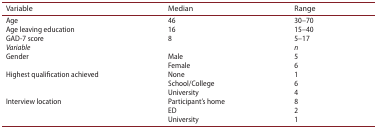
<table><thead><tr><td><b>Variable</b></td><td><b>Median</b></td><td><b>Range</b></td></tr></thead><tbody><tr><td>Age</td><td>46 </td><td>30–70</td></tr><tr><td>Age leaving education </td><td>16 </td><td>15–40</td></tr><tr><td>GAD-7 score</td><td>8</td><td>5–17</td></tr><tr><td><i>Variable</i></td><td> </td><td><i>n</i></td></tr><tr><td rowspan="2">Gender</td><td>Male </td><td>5</td></tr><tr><td>Female </td><td>6</td></tr><tr><td rowspan="3">Highest qualification achieved</td><td>None </td><td>1</td></tr><tr><td>School/College</td><td>6</td></tr><tr><td>University</td><td>4</td></tr><tr><td rowspan="3">Interview location </td><td>Participant’s home</td><td>8</td></tr><tr><td>ED</td><td>2</td></tr><tr><td>University</td><td>1</td></tr></tbody></table>